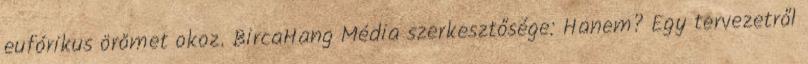
eufórikus örömet okoz. BircaHang Média szerkesztősége: Hanem? Egy tervezetről